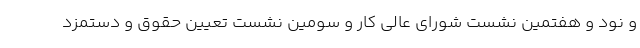
و نود و هفتمین نشست شورای عالی کار و سومین نشست تعیین حقوق و دستمزد